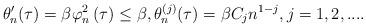
LaTeX: \begin{align*}\theta _{n}^{\prime }(\tau )=\beta \varphi _{n}^{2}\left( \tau \right) \leq\beta ,\theta _{n}^{\left( j\right) }(\tau )=\beta C_{j}n^{1-j},j=1,2,.... \end{align*}